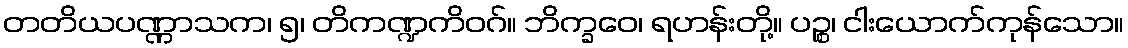
တတိယပဏ္ဏာသက၊ ၅၊ တိကဏ္ဍကိဝဂ်။ ဘိက္ခဝေ၊ ရဟန်းတို့။ ပဉ္စ၊ ငါးယောက်ကုန်သော။